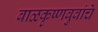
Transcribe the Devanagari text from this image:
बाळकृष्णबुवांचे